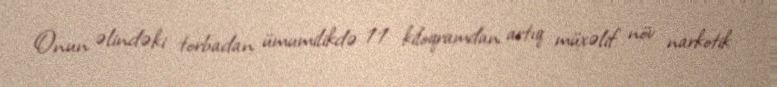
Onun əlindəki torbadan ümumilikdə 11 kiloqramdan artıq müxəlif növ narkotik